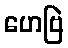
ဟေဗြဲ